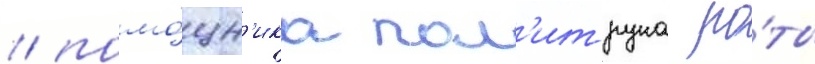
/ помо́щн'ика пол'итрука ро́ты